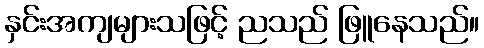
နှင်းအကျများသဖြင့် ညသည် ဖြူနေသည်။